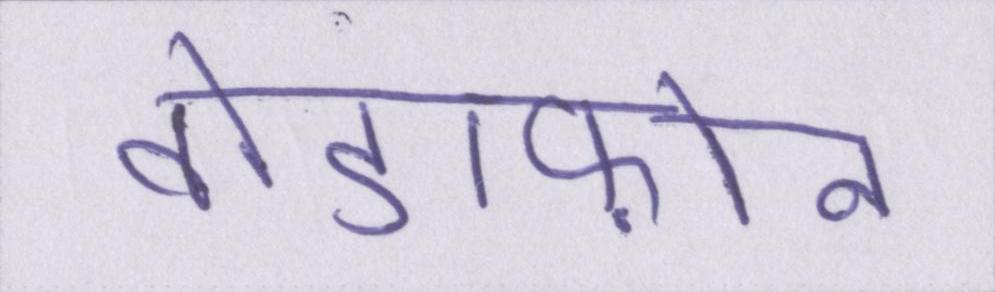
वोडाफ़ोन